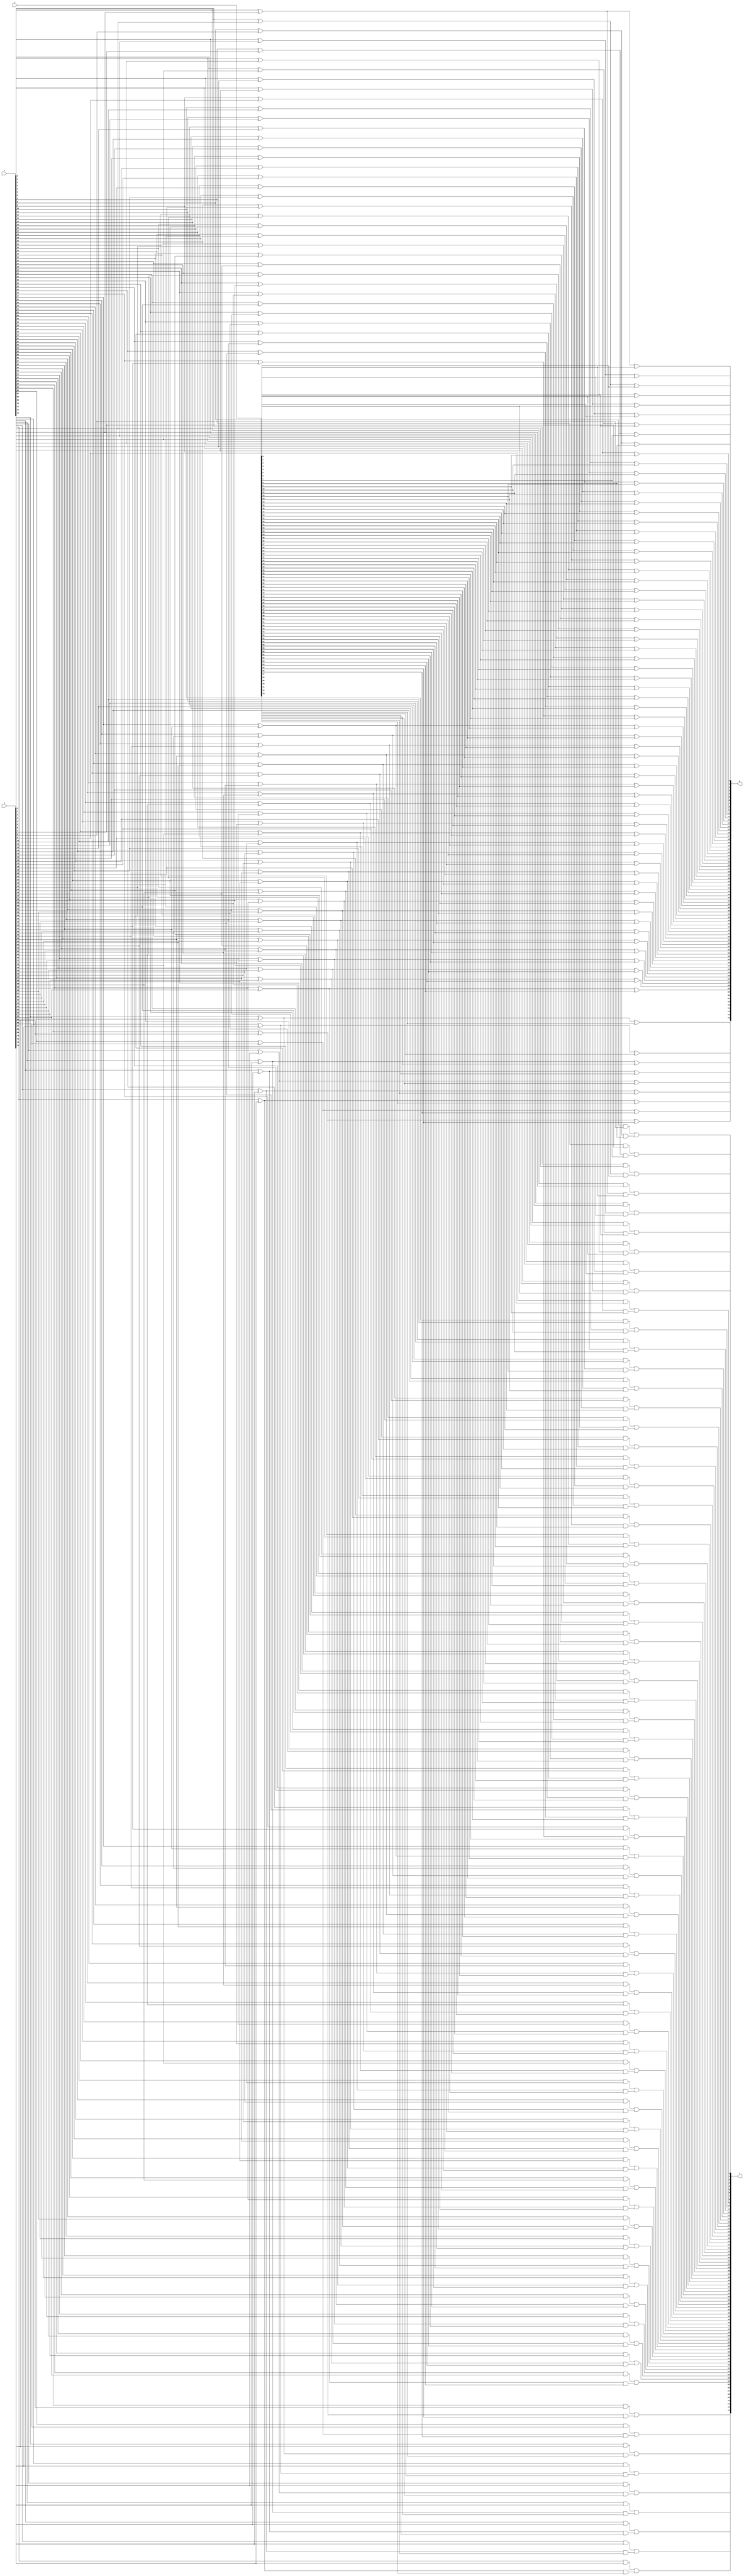
`timescale 1ns / 1ps
//////////////////////////////////////////////////////////////////////////////////
// Company: 
// Engineer: 
// 
// Design Name: 
// Module Name: csa
// Project Name: 
// Target Devices: 
// Tool Versions: 
// Description: 
// 
// Dependencies: 
// 
// Revision:
// Revision 0.01 - File Created
// Additional Comments:
// 
//////////////////////////////////////////////////////////////////////////////////


module CSA_N_4_1#(parameter N = 222)(a,b,c,g,f);
input [N/3-1:0]a,b,c;
output [N/3-1:0]g,f;

assign g[0]=a[0]^b[0]^c[0];
assign g[1]=a[1]^b[1]^c[1];
assign g[2]=a[2]^b[2]^c[2];
assign g[3]=a[3]^b[3]^c[3];
assign g[4]=a[4]^b[4]^c[4];
assign g[5]=a[5]^b[5]^c[5];
assign g[6]=a[6]^b[6]^c[6];
assign g[7]=a[7]^b[7]^c[7];
assign g[8]=a[8]^b[8]^c[8];
assign g[9]=a[9]^b[9]^c[9];
assign g[10]=a[10]^b[10]^c[10];
assign g[11]=a[11]^b[11]^c[11];
assign g[12]=a[12]^b[12]^c[12];
assign g[13]=a[13]^b[13]^c[13];
assign g[14]=a[14]^b[14]^c[14];
assign g[15]=a[15]^b[15]^c[15];
assign g[16]=a[16]^b[16]^c[16];
assign g[17]=a[17]^b[17]^c[17];
assign g[18]=a[18]^b[18]^c[18];
assign g[19]=a[19]^b[19]^c[19];
assign g[20]=a[20]^b[20]^c[20];
assign g[21]=a[21]^b[21]^c[21];
assign g[22]=a[22]^b[22]^c[22];
assign g[23]=a[23]^b[23]^c[23];
assign g[24]=a[24]^b[24]^c[24];
assign g[25]=a[25]^b[25]^c[25];
assign g[26]=a[26]^b[26]^c[26];
assign g[27]=a[27]^b[27]^c[27];
assign g[28]=a[28]^b[28]^c[28];
assign g[29]=a[29]^b[29]^c[29];
assign g[30]=a[30]^b[30]^c[30];
assign g[31]=a[31]^b[31]^c[31];
assign g[32]=a[32]^b[32]^c[32];
assign g[33]=a[33]^b[33]^c[33];
assign g[34]=a[34]^b[34]^c[34];
assign g[35]=a[35]^b[35]^c[35];
assign g[36]=a[36]^b[36]^c[36];
assign g[37]=a[37]^b[37]^c[37];
assign g[38]=a[38]^b[38]^c[38];
assign g[39]=a[39]^b[39]^c[39];
assign g[40]=a[40]^b[40]^c[40];
assign g[41]=a[41]^b[41]^c[41];
assign g[42]=a[42]^b[42]^c[42];
assign g[43]=a[43]^b[43]^c[43];
assign g[44]=a[44]^b[44]^c[44];
assign g[45]=a[45]^b[45]^c[45];
assign g[46]=a[46]^b[46]^c[46];
assign g[47]=a[47]^b[47]^c[47];
assign g[48]=a[48]^b[48]^c[48];
assign g[49]=a[49]^b[49]^c[49];
assign g[50]=a[50]^b[50]^c[50];
assign g[51]=a[51]^b[51]^c[51];
assign g[52]=a[52]^b[52]^c[52];
assign g[53]=a[53]^b[53]^c[53];
assign g[54]=a[54]^b[54]^c[54];
assign g[55]=a[55]^b[55]^c[55];
assign g[56]=a[56]^b[56]^c[56];
assign g[57]=a[57]^b[57]^c[57];
assign g[58]=a[58]^b[58]^c[58];
assign g[59]=a[59]^b[59]^c[59];
assign g[60]=a[60]^b[60]^c[60];
assign g[61]=a[61]^b[61]^c[61];
assign g[62]=a[62]^b[62]^c[62];
assign g[63]=a[63]^b[63]^c[63];
assign g[64]=a[64]^b[64]^c[64];
assign g[65]=a[65]^b[65]^c[65];
assign g[66]=a[66]^b[66]^c[66];
assign g[67]=a[67]^b[67]^c[67];
assign g[68]=a[68]^b[68]^c[68];
assign g[69]=a[69]^b[69]^c[69];
assign g[70]=a[70]^b[70]^c[70];
assign g[71]=a[71]^b[71]^c[71];
assign g[72]=a[72]^b[72]^c[72];
assign g[73]=a[73]^b[73]^c[73];


    

assign  f[0]=(a[0]&b[0])|((a[0]^b[0])&c[0]);
assign  f[1]=(a[1]&b[1])|((a[1]^b[1])&c[1]);
assign  f[2]=(a[2]&b[2])|((a[2]^b[2])&c[2]);
assign  f[3]=(a[3]&b[3])|((a[3]^b[3])&c[3]);
assign  f[4]=(a[4]&b[4])|((a[4]^b[4])&c[4]);
assign  f[5]=(a[5]&b[5])|((a[5]^b[5])&c[5]);
assign  f[6]=(a[6]&b[6])|((a[6]^b[6])&c[6]);
assign  f[7]=(a[7]&b[7])|((a[7]^b[7])&c[7]);
assign  f[8]=(a[8]&b[8])|((a[8]^b[8])&c[8]);
assign  f[9]=(a[9]&b[9])|((a[9]^b[9])&c[9]);
assign  f[10]=(a[10]&b[10])|((a[10]^b[10])&c[10]);
assign  f[11]=(a[11]&b[11])|((a[11]^b[11])&c[11]);
assign  f[12]=(a[12]&b[12])|((a[12]^b[12])&c[12]);
assign  f[13]=(a[13]&b[13])|((a[13]^b[13])&c[13]);
assign  f[14]=(a[14]&b[14])|((a[14]^b[14])&c[14]);
assign  f[15]=(a[15]&b[15])|((a[15]^b[15])&c[15]);
assign  f[16]=(a[16]&b[16])|((a[16]^b[16])&c[16]);
assign  f[17]=(a[17]&b[17])|((a[17]^b[17])&c[17]);
assign  f[18]=(a[18]&b[18])|((a[18]^b[18])&c[18]);
assign  f[19]=(a[19]&b[19])|((a[19]^b[19])&c[19]);
assign  f[20]=(a[20]&b[20])|((a[20]^b[20])&c[20]);
assign  f[21]=(a[21]&b[21])|((a[21]^b[21])&c[21]);
assign  f[22]=(a[22]&b[22])|((a[22]^b[22])&c[22]);
assign  f[23]=(a[23]&b[23])|((a[23]^b[23])&c[23]);
assign  f[24]=(a[24]&b[24])|((a[24]^b[24])&c[24]);
assign  f[25]=(a[25]&b[25])|((a[25]^b[25])&c[25]);
assign  f[26]=(a[26]&b[26])|((a[26]^b[26])&c[26]);
assign  f[27]=(a[27]&b[27])|((a[27]^b[27])&c[27]);
assign  f[28]=(a[28]&b[28])|((a[28]^b[28])&c[28]);
assign  f[29]=(a[29]&b[29])|((a[29]^b[29])&c[29]);
assign  f[30]=(a[30]&b[30])|((a[30]^b[30])&c[30]);
assign  f[31]=(a[31]&b[31])|((a[31]^b[31])&c[31]);
assign  f[32]=(a[32]&b[32])|((a[32]^b[32])&c[32]);
assign  f[33]=(a[33]&b[33])|((a[33]^b[33])&c[33]);
assign  f[34]=(a[34]&b[34])|((a[34]^b[34])&c[34]);
assign  f[35]=(a[35]&b[35])|((a[35]^b[35])&c[35]);
assign  f[36]=(a[36]&b[36])|((a[36]^b[36])&c[36]);
assign  f[37]=(a[37]&b[37])|((a[37]^b[37])&c[37]);
assign  f[38]=(a[38]&b[38])|((a[38]^b[38])&c[38]);
assign  f[39]=(a[39]&b[39])|((a[39]^b[39])&c[39]);
assign  f[40]=(a[40]&b[40])|((a[40]^b[40])&c[40]);
assign  f[41]=(a[41]&b[41])|((a[41]^b[41])&c[41]);
assign  f[42]=(a[42]&b[42])|((a[42]^b[42])&c[42]);
assign  f[43]=(a[43]&b[43])|((a[43]^b[43])&c[43]);
assign  f[44]=(a[44]&b[44])|((a[44]^b[44])&c[44]);
assign  f[45]=(a[45]&b[45])|((a[45]^b[45])&c[45]);
assign  f[46]=(a[46]&b[46])|((a[46]^b[46])&c[46]);
assign  f[47]=(a[47]&b[47])|((a[47]^b[47])&c[47]);
assign  f[48]=(a[48]&b[48])|((a[48]^b[48])&c[48]);
assign  f[49]=(a[49]&b[49])|((a[49]^b[49])&c[49]);
assign  f[50]=(a[50]&b[50])|((a[50]^b[50])&c[50]);
assign  f[51]=(a[51]&b[51])|((a[51]^b[51])&c[51]);
assign  f[52]=(a[52]&b[52])|((a[52]^b[52])&c[52]);
assign  f[53]=(a[53]&b[53])|((a[53]^b[53])&c[53]);
assign  f[54]=(a[54]&b[54])|((a[54]^b[54])&c[54]);
assign  f[55]=(a[55]&b[55])|((a[55]^b[55])&c[55]);
assign  f[56]=(a[56]&b[56])|((a[56]^b[56])&c[56]);
assign  f[57]=(a[57]&b[57])|((a[57]^b[57])&c[57]);
assign  f[58]=(a[58]&b[58])|((a[58]^b[58])&c[58]);
assign  f[59]=(a[59]&b[59])|((a[59]^b[59])&c[59]);
assign  f[60]=(a[60]&b[60])|((a[60]^b[60])&c[60]);
assign  f[61]=(a[61]&b[61])|((a[61]^b[61])&c[61]);
assign  f[62]=(a[62]&b[62])|((a[62]^b[62])&c[62]);
assign  f[63]=(a[63]&b[63])|((a[63]^b[63])&c[63]);

assign  f[64]=(a[64]&b[64])|((a[64]^b[64])&c[64]);
assign  f[65]=(a[65]&b[65])|((a[65]^b[65])&c[65]);
assign  f[66]=(a[66]&b[66])|((a[66]^b[66])&c[66]);
assign  f[67]=(a[67]&b[67])|((a[67]^b[67])&c[67]);
assign  f[68]=(a[68]&b[68])|((a[68]^b[68])&c[68]);
assign  f[69]=(a[69]&b[69])|((a[69]^b[69])&c[69]);
assign  f[70]=(a[70]&b[70])|((a[70]^b[70])&c[70]);
assign  f[71]=(a[71]&b[71])|((a[71]^b[71])&c[71]);
assign  f[72]=(a[72]&b[72])|((a[72]^b[72])&c[72]);
assign  f[73]=(a[73]&b[73])|((a[73]^b[73])&c[73]);
   

      
endmodule